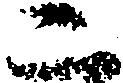
二